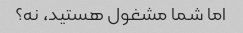
اما شما مشغول هستید، نه؟